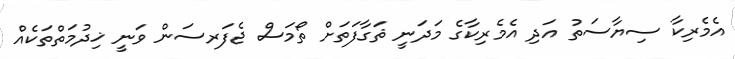
އެމެރިކާ ސިޔާސަތު އަދި އެމެރިކާގެ މަދަނީ ޘަގާފަތަށް ތޯމަސް ޖެފަރސަން ވަނީ ޚިދުމަތްތަކެއް